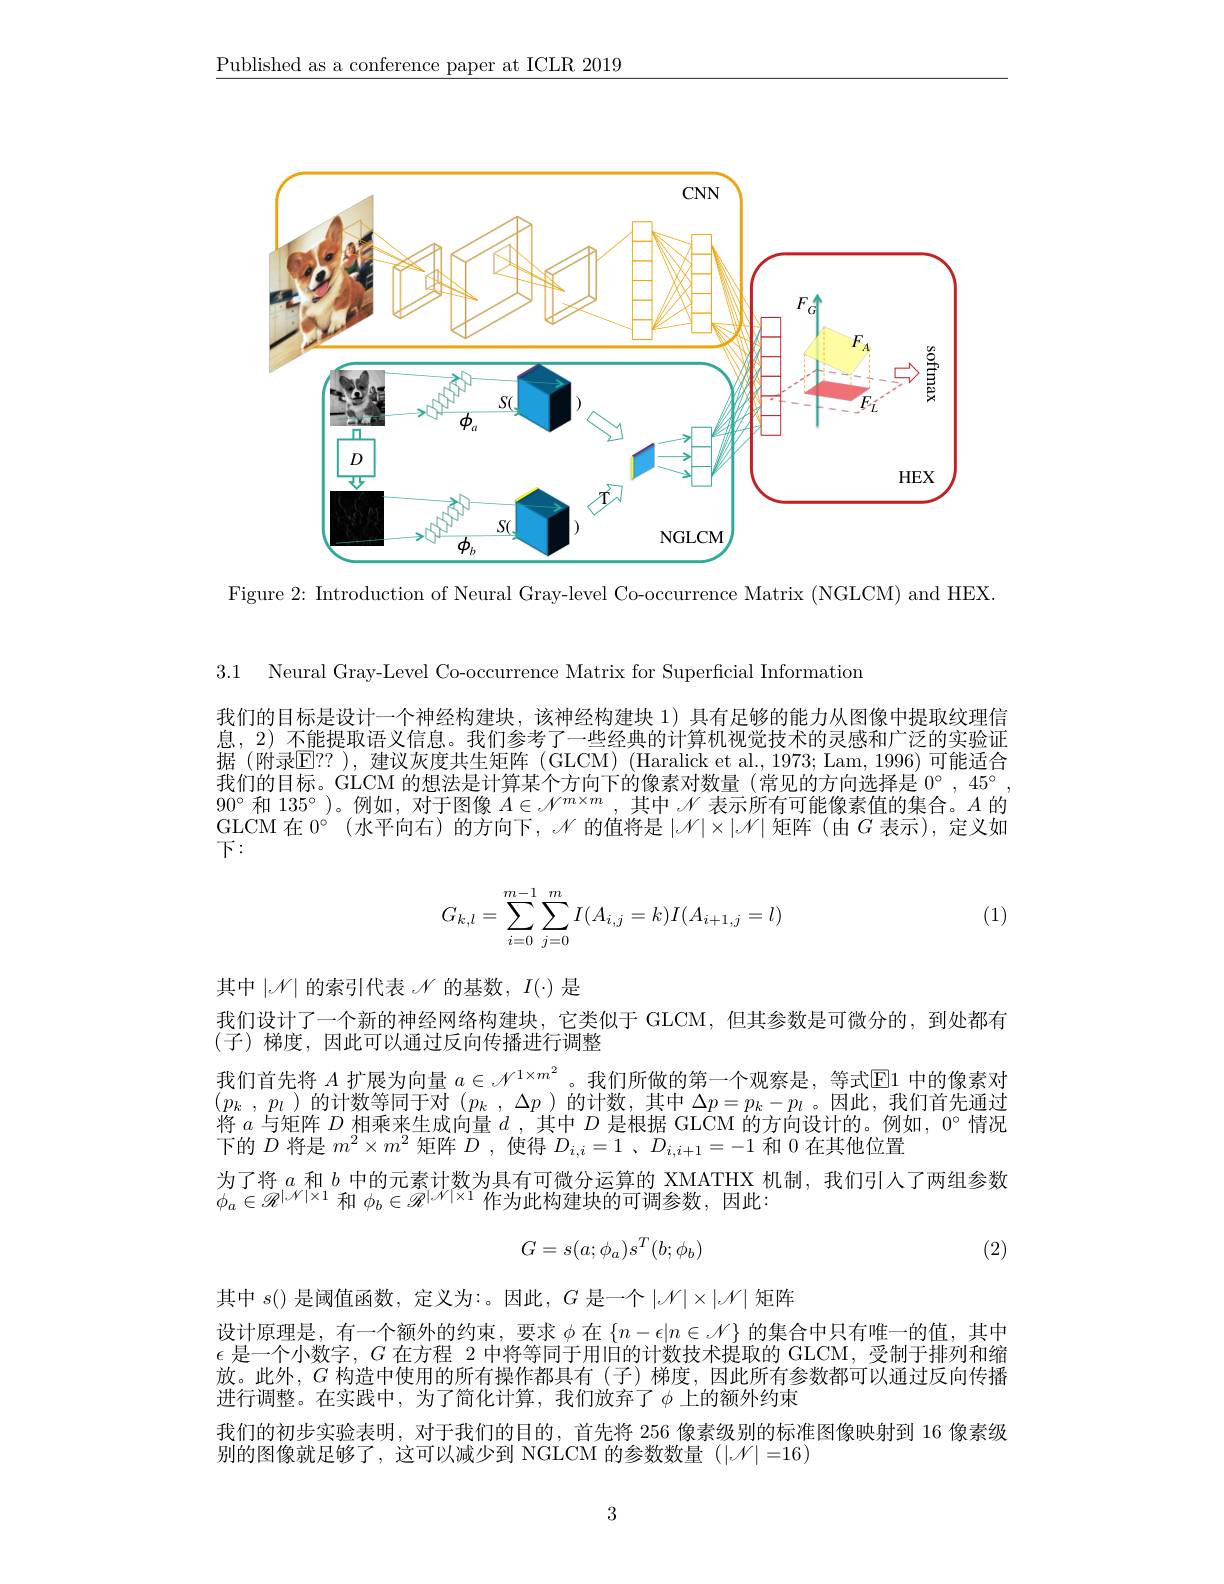
$\underline{\text{Published as a conference paper at ICLR 2019}}$

<FigureHere>

Figure 2: Introduction of Neural Gray-level Co-occurrence Matrix (NGLCM) and HEX.

3.1 Neural Gray-Level Co-occurrence Matrix for Superficial Information

我们的目标是设计一个神经构建块，该神经构建块 1)具有足够的能力从图像中提取纹理信息，2)不能提取语义信息。我们参考了一些经典的计算机视觉技术的灵感和广泛的实验证据(附录$\mathbb{E}??$ ),建议灰度共生矩阵 (GLCM) (Haralick et al., 1973; Lam, 1996)可能适合我们的目标。GLCM 的想法是计算某个方向下的像素对数量(常见的方向选择是$0^{\circ},45^{\circ}$ $90^{\circ}$和 135°)。例如，对于图像$A\in\mathscr{N}^m\times m$,其中$\mathscr{N}$表示所有可能像素值的集合。$A$的GLCM 在$0^\circ$ (水平向右)的方向下，$\mathscr{N}$的值将是$|\mathscr{N}|\times|\mathscr{N}|$矩阵(由$G$表示),定义如下：
$$G_{k,l}=\sum\limits_{i=0}^{m-1}\sum\limits_{j=0}^mI(A_{i,j}=k)I(A_{i+1,j}=l)$$
(1)

其中$|\mathcal{N}|$的索引代表$\mathscr{N}$的基数，$I(\cdot)$是
我们设计了一个新的神经网络构建块，它类似于 GLCM,但其参数是可微分的，到处都有
(子)梯度，因此可以通过反向传播进行调整
我们首先将$A$扩展为向量$a\in\mathscr{N}^{1\times m^2}$。我们所做的第一个观察是，等式$\boxed{\mathrm{E}}1$中的像素对$(p_k,p_l)$的计数等同于对$(p_k,\Delta p)$的计数，其中$\Delta p=p_k-p_l$。因此，我们首先通过将$a$与矩阵$D$相乘来生成向量$d$ ,其中$D$是根据 GLCM 的方向设计的。例如，$0^\circ$情况下的$D$将是$m^{2}\times m^{2}$矩阵$D$,使得$D_i,i=1$ , $D_i,i+1=-1$和0在其他位置
为了将$a$和$b$中的元素计数为具有可微分运算的 XMATHX 机制，我们引人了两组参数
$\phi_a\in\mathscr{R}^{|\mathcal{N}|\times1}$和$\phi_b\in\mathscr{R}^{|\mathcal{N}|\times1}$作为此构建块的可调参数，因此：
$$G=s(a;\phi_a)s^T(b;\phi_b)$$
(2)

其中 $s$()是阈值函数，定义为：。因此，$G$ 是一个$\left|\mathcal{N}\right|\times\left|\mathcal{N}\right|$矩阵
设计原理是，有一个额外的约束，要求$\phi$在$\{n-\epsilon|n\in\mathscr{N}\}$的集合中只有唯一的值，其中$\epsilon$是一个小数字，$G$在方程 2 中将等同于用旧的计数技术提取的 GLCM,受制于排列和缩放。此外，$G$构造中使用的所有操作都具有(子)梯度，因此所有参数都可以通过反向传播进行调整。在实践中，为了简化计算，我们放弃了$\phi$ 上的额外约束
我们的初步实验表明，对于我们的目的，首先将 256 像素级别的标准图像映射到 16 像素级
别的图像就足够了，这可以减少到 NGLCM 的参数数量(|.{N}|=16)

3